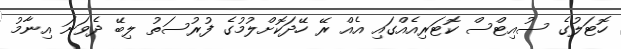
ހޮޓަލުގެ ސުއިޓްސް ކޮޓަރިއެއްގައި އެއް ރޭ ހޭދަކޮށްލުމުގެ ފުރުސަތު ލިބޭ ދެވަނަ އިނާމު